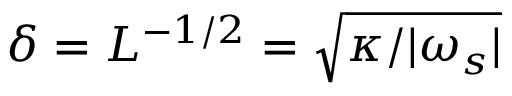
\delta = { \cal L } ^ { - 1 / 2 } = \sqrt { \kappa / | \omega _ { s } | }